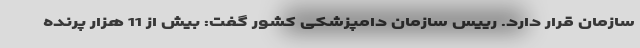
سازمان قرار دارد. رییس سازمان دامپزشکی کشور گفت: بیش از 11 هزار پرنده